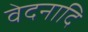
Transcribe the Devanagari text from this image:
वेदनादि